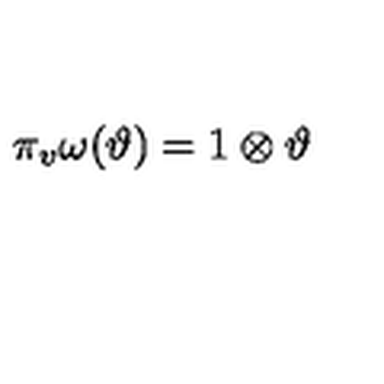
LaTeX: \pi _ { v } \omega ( \vartheta ) = 1 \otimes \vartheta